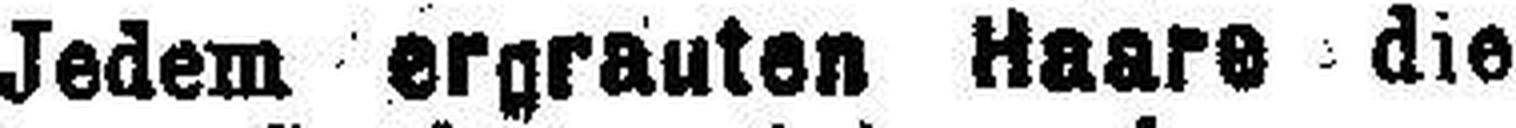
Jedem ergrauten Haare die